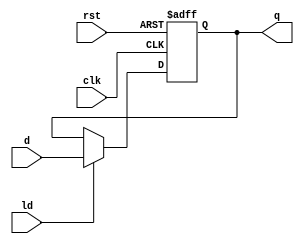
`timescale 1ns / 1ps
//////////////////////////////////////////////////////////////////////////////////
// Company: 
// Engineer: 
// 
// Design Name: 
// Module Name: FourbReg_
// Project Name: 
// Target Devices: 
// Tool Versions: 
// Description: 
// 
// Dependencies: 
// 
// Revision:
// Revision 0.01 - File Created
// Additional Comments:
// 
//////////////////////////////////////////////////////////////////////////////////


module FourbReg_(d, clk, rst, ld, q);
    input [3:0] d;
    input clk, rst, ld;
    output reg [3:0] q;
    always @ (posedge clk, posedge rst) begin
        if (rst)
            q = 4'b0;
        else if (ld)
            q = d;
    end
endmodule